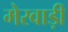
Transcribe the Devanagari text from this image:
मेरवाड़ी